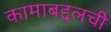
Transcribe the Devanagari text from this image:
कामाबद्दलची